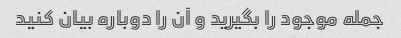
جمله موجود را بگیرید و آن را دوباره بیان کنید